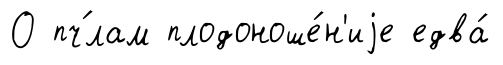
О пч́лам плодоноше́н'иjе едва́